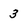
Character: 3